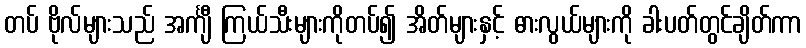
တပ် ဗိုလ်များသည် အင်္ကျီ ကြယ်သီးများကိုတပ်၍ အိတ်များနှင့် ဓားလွယ်များကို ခါးပတ်တွင်ချိတ်ကာ